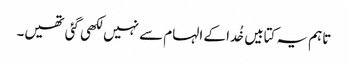
تاہم یہ کتابیں خُدا کے الہام سے نہیں لکھی گئی تھیں۔